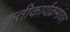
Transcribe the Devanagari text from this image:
कृतीकार्यक्रमांवर